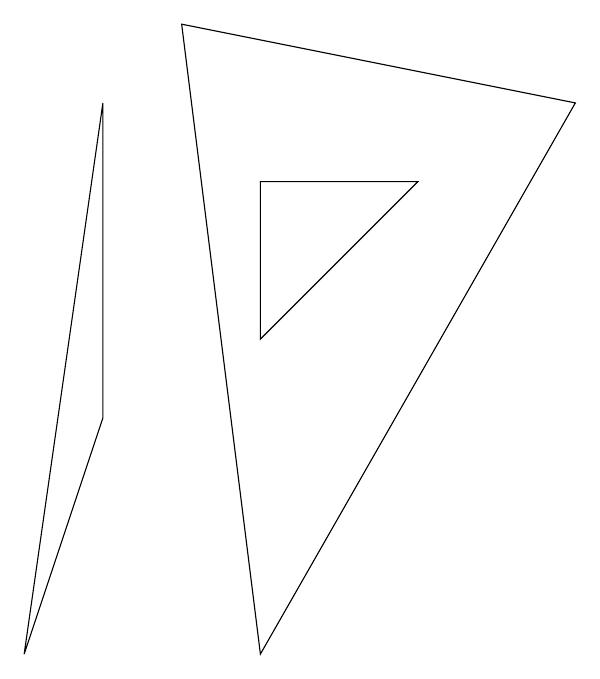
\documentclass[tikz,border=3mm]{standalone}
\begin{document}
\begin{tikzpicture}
\draw (7,7) -- (2,8) -- (3,0) -- cycle;
\draw (1,7) -- (1,3) -- (0,0) -- cycle;
\draw (5,6) -- (3,6) -- (3,4) -- cycle;
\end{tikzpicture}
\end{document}